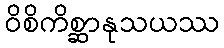
ဝိစိကိစ္ဆာနုသယဿ